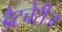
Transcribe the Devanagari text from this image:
डैटचेरीज